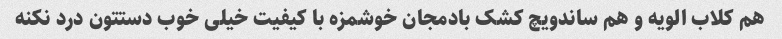
هم کلاب الویه و هم ساندویچ کشک بادمجان خوشمزه با کیفیت خیلی خوب دستتون درد نکنه